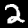
Label: 2